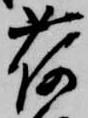
荷